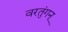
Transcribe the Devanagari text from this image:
वरतुंगन्